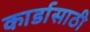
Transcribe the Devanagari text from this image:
कार्डासाठी